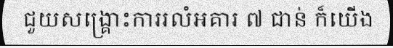
ជួយសង្គ្រោះការរលំអគារ ៧ ជាន់ ក៏យើង